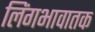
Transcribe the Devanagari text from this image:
लिंगभावातक